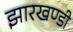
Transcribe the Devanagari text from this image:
झारखण्‍डी